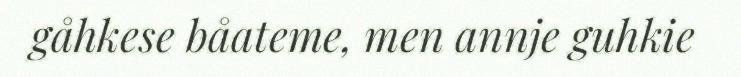
gåhkese båateme, men annje guhkie